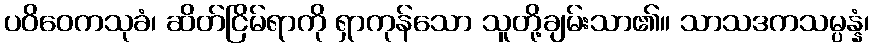
ပဝိဝေကသုခံ၊ ဆိတ်ငြိမ်ရာကို ရှာကုန်သော သူတို့ချမ်းသာ၏။ သာသဒကသမ္ပန္နံ၊